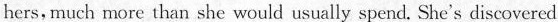
hers, much more than she would usually spend, She's discovered